NAE_ERA_R-1_Eesti_Vabariigi_Ministrite_Noukogu, lk 2
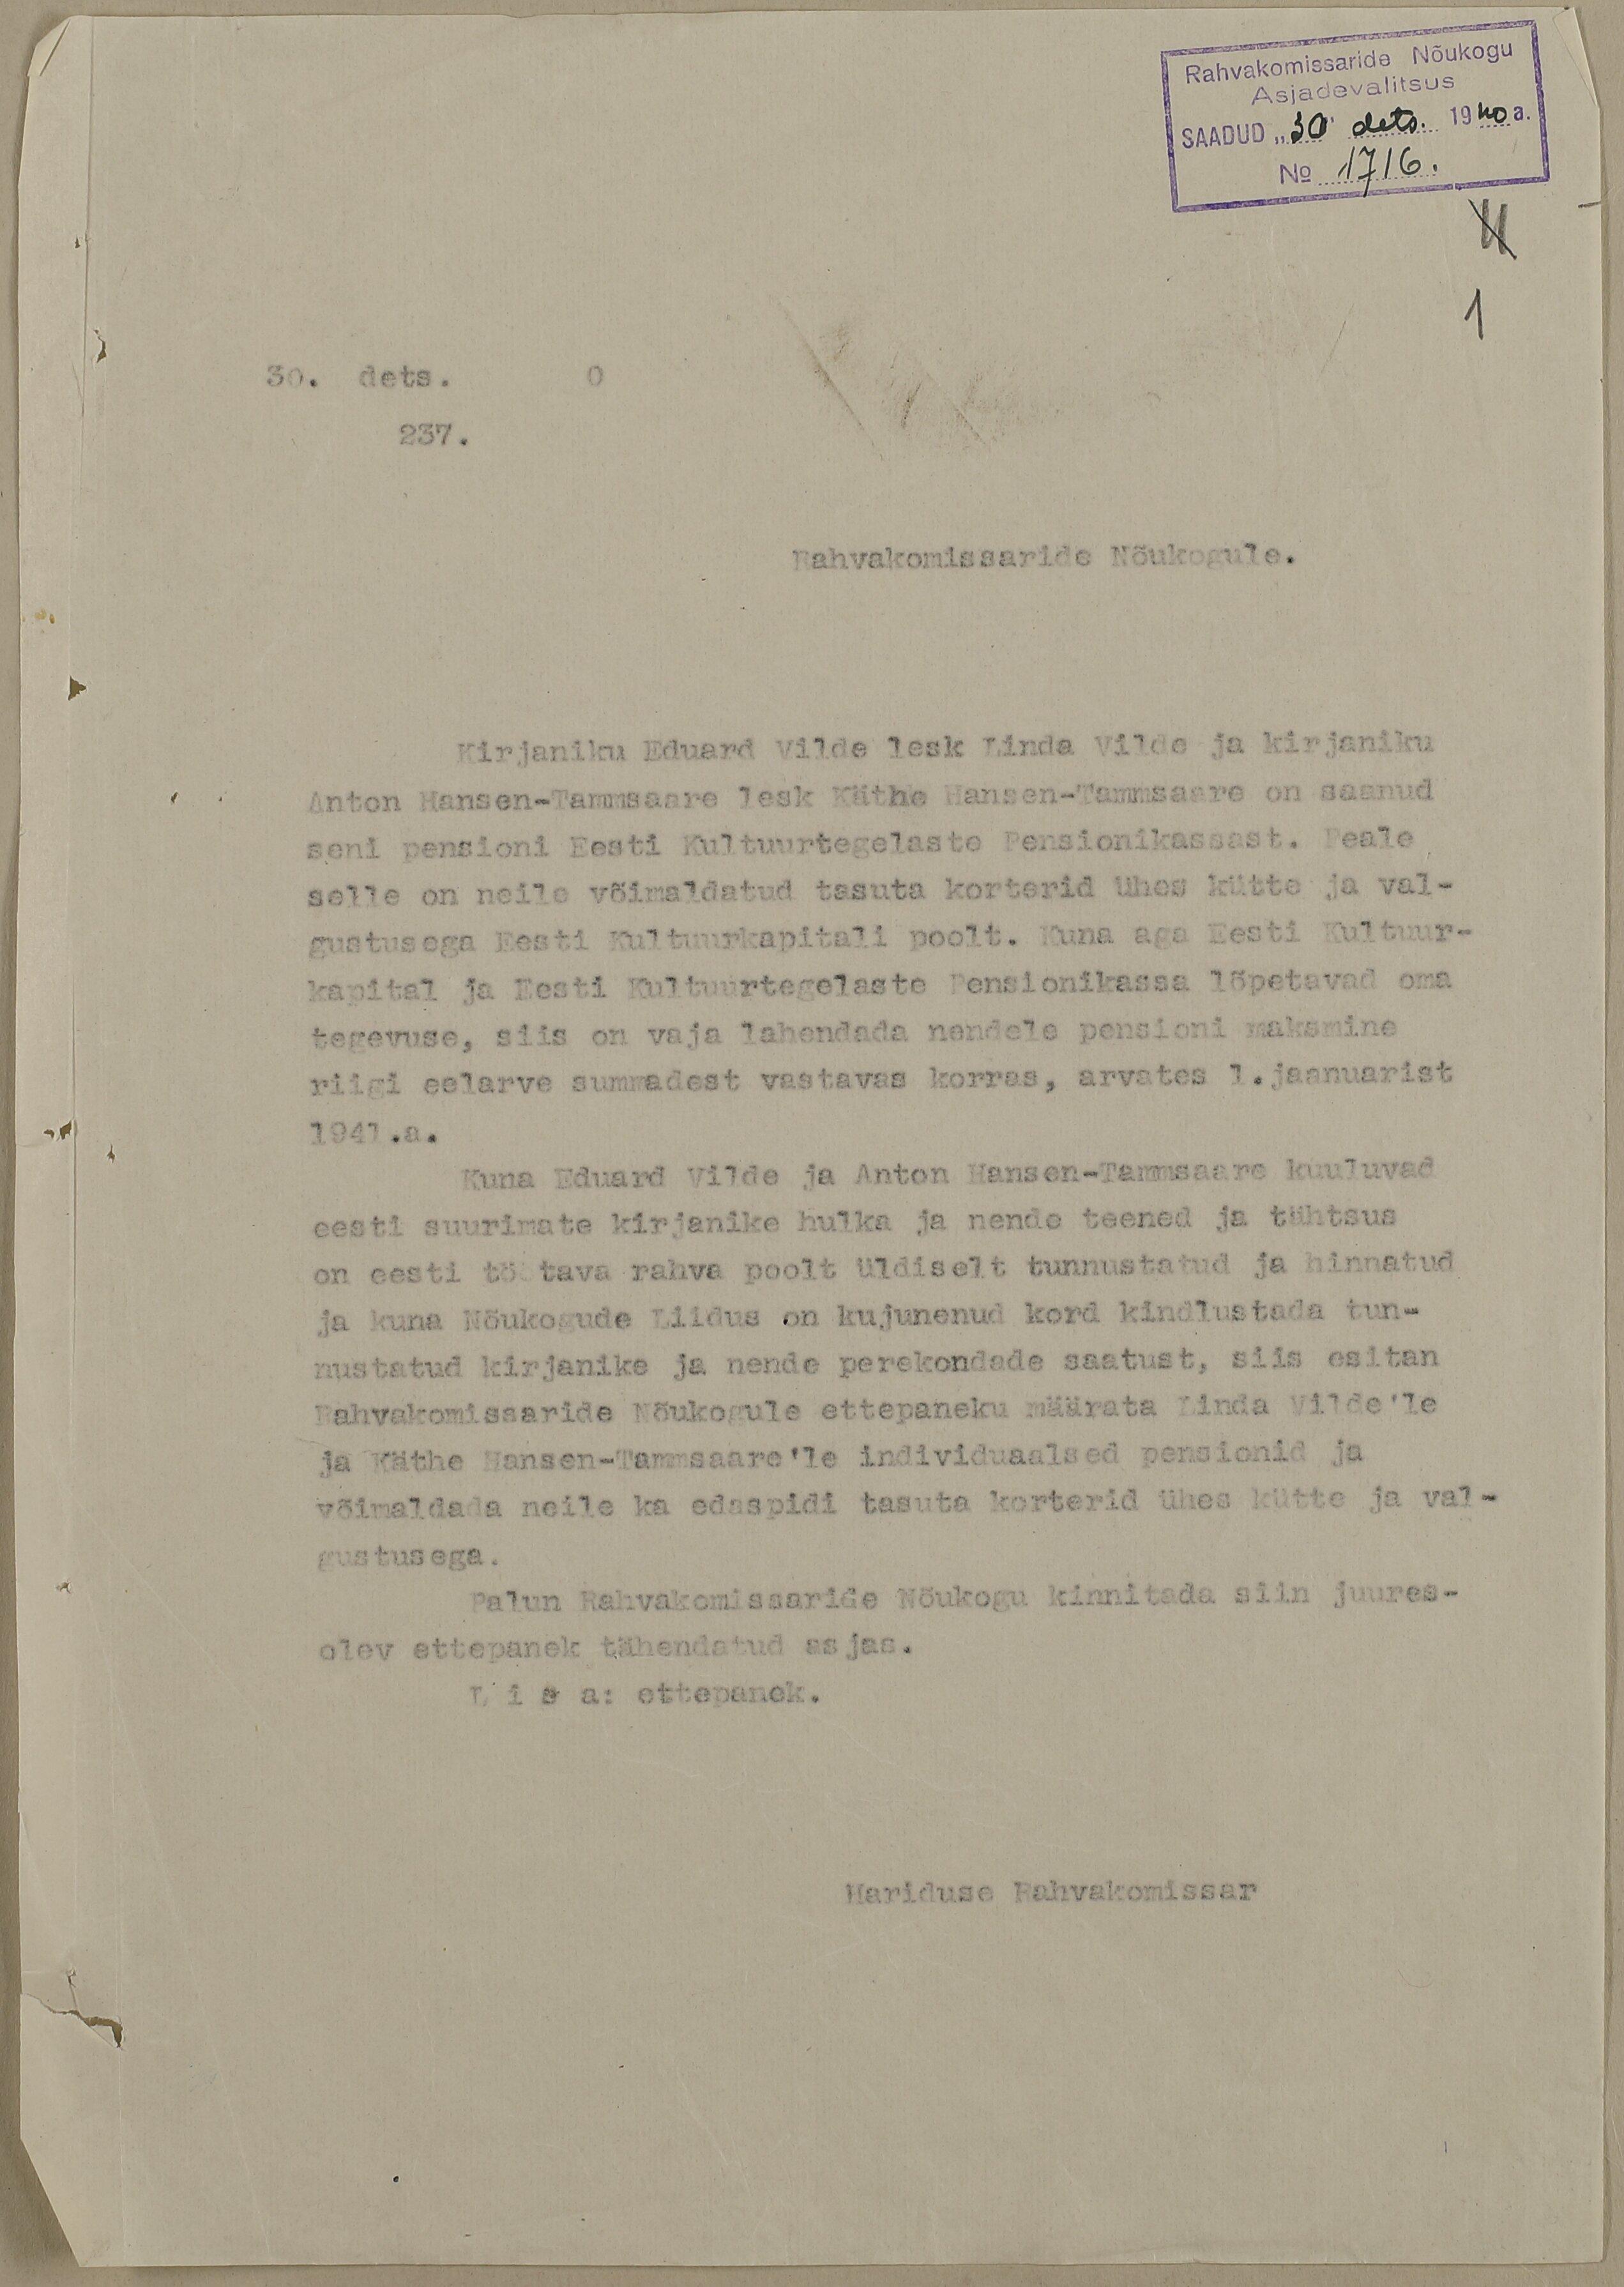
Rahvakomissarie Nõukogu
Asjadevalitsus
SAADUD "30" dets. 1940 a.
No 1716
11
30. dets.
237.
Rahvakomissaride Nõukogule.
Kirjaniku Eduard Vilde lesk Linda Vilde ja kirjaniku
Anton Hansen-Tammsaare lesk Käthe Hansen-Tammsaare on saanud
seni pensioni Eesti Kultuurtegelaste Pensionikassast. Peale
selle on neile võimaldatud tasuta korterid ühes kütte ja val-
gustusega Eesti Kultuurkapitali poolt. Kuna aga Eesti Kultuur-
kapital ja Eesti Kultuurtegelaste Pensionikassa lõpetavad oma
tegevuse, siis on vaja lahendada nendele pensioni maksmine
riigi eelarve summadest vastavas korras, arvates 1. jaanuarist
1947. a.
Kuna Eduard Vilde ja Anton Hansen-Tammsaare kuuluvad
eesti suurimate kirjanike hulka ja nende teened ja tähtsus
on eesti töötava rahva poolt üldiselt tunnustatud ja hinnatud
ja kuna Nõukogude Liidus on kujunenud kord kindlustada tun-
nustatud kirjanike ja nende perekondade saatust, siis esitan
Rahvakomissaaride Nõukogule ettepaneku määrata Linda Vilde'le
ja Käthe Hansen-Tammsaare'le individuaalsed pensionid ja
võimaldada neile ka edaspidi tasuta korterid ühes kütte ja val-
gustusega.
Palun Rahvakomissaride Nõukogu kinnitada siin juures -
olev ettepanek tähendatud asjas.
Lisa: ettepanek.
Hariduse Rahvakomissar